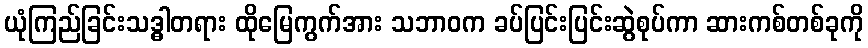
ယုံကြည်ခြင်းသဒ္ဓါတရား ထိုမြေကွက်အား သဘာဝက ခပ်ပြင်းပြင်းဆွဲစုပ်ကာ ဆားကစ်တစ်ခုကို